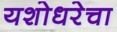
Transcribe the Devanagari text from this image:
यशोधरेचा